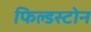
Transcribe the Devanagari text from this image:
फिल्डस्टोन